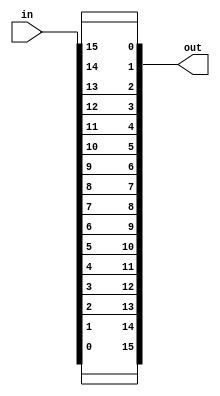
`default_nettype none
module reverser(out, in);
    	output wire [15:0] out;
    	input wire [15:0] in;

    	// YOUR CODE HERE
	assign out = {in[0], in[1], in[2], in[3], in[4], in[5], in[6], in[7], in[8], in[9], in[10], in[11], in[12], in[13], in[14], in[15]};
    
endmodule
`default_nettype wire